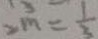
2 m = \frac { 1 } { 3 }